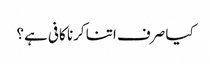
کیا صرف اتنا کرنا کافی ہے؟